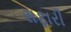
સફારી